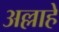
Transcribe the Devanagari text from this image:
अल्लाहे